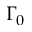
\Gamma _ { 0 }